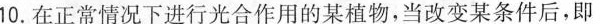
10.在正常情况下进行光合作用的某植物，当改变某条件后，即